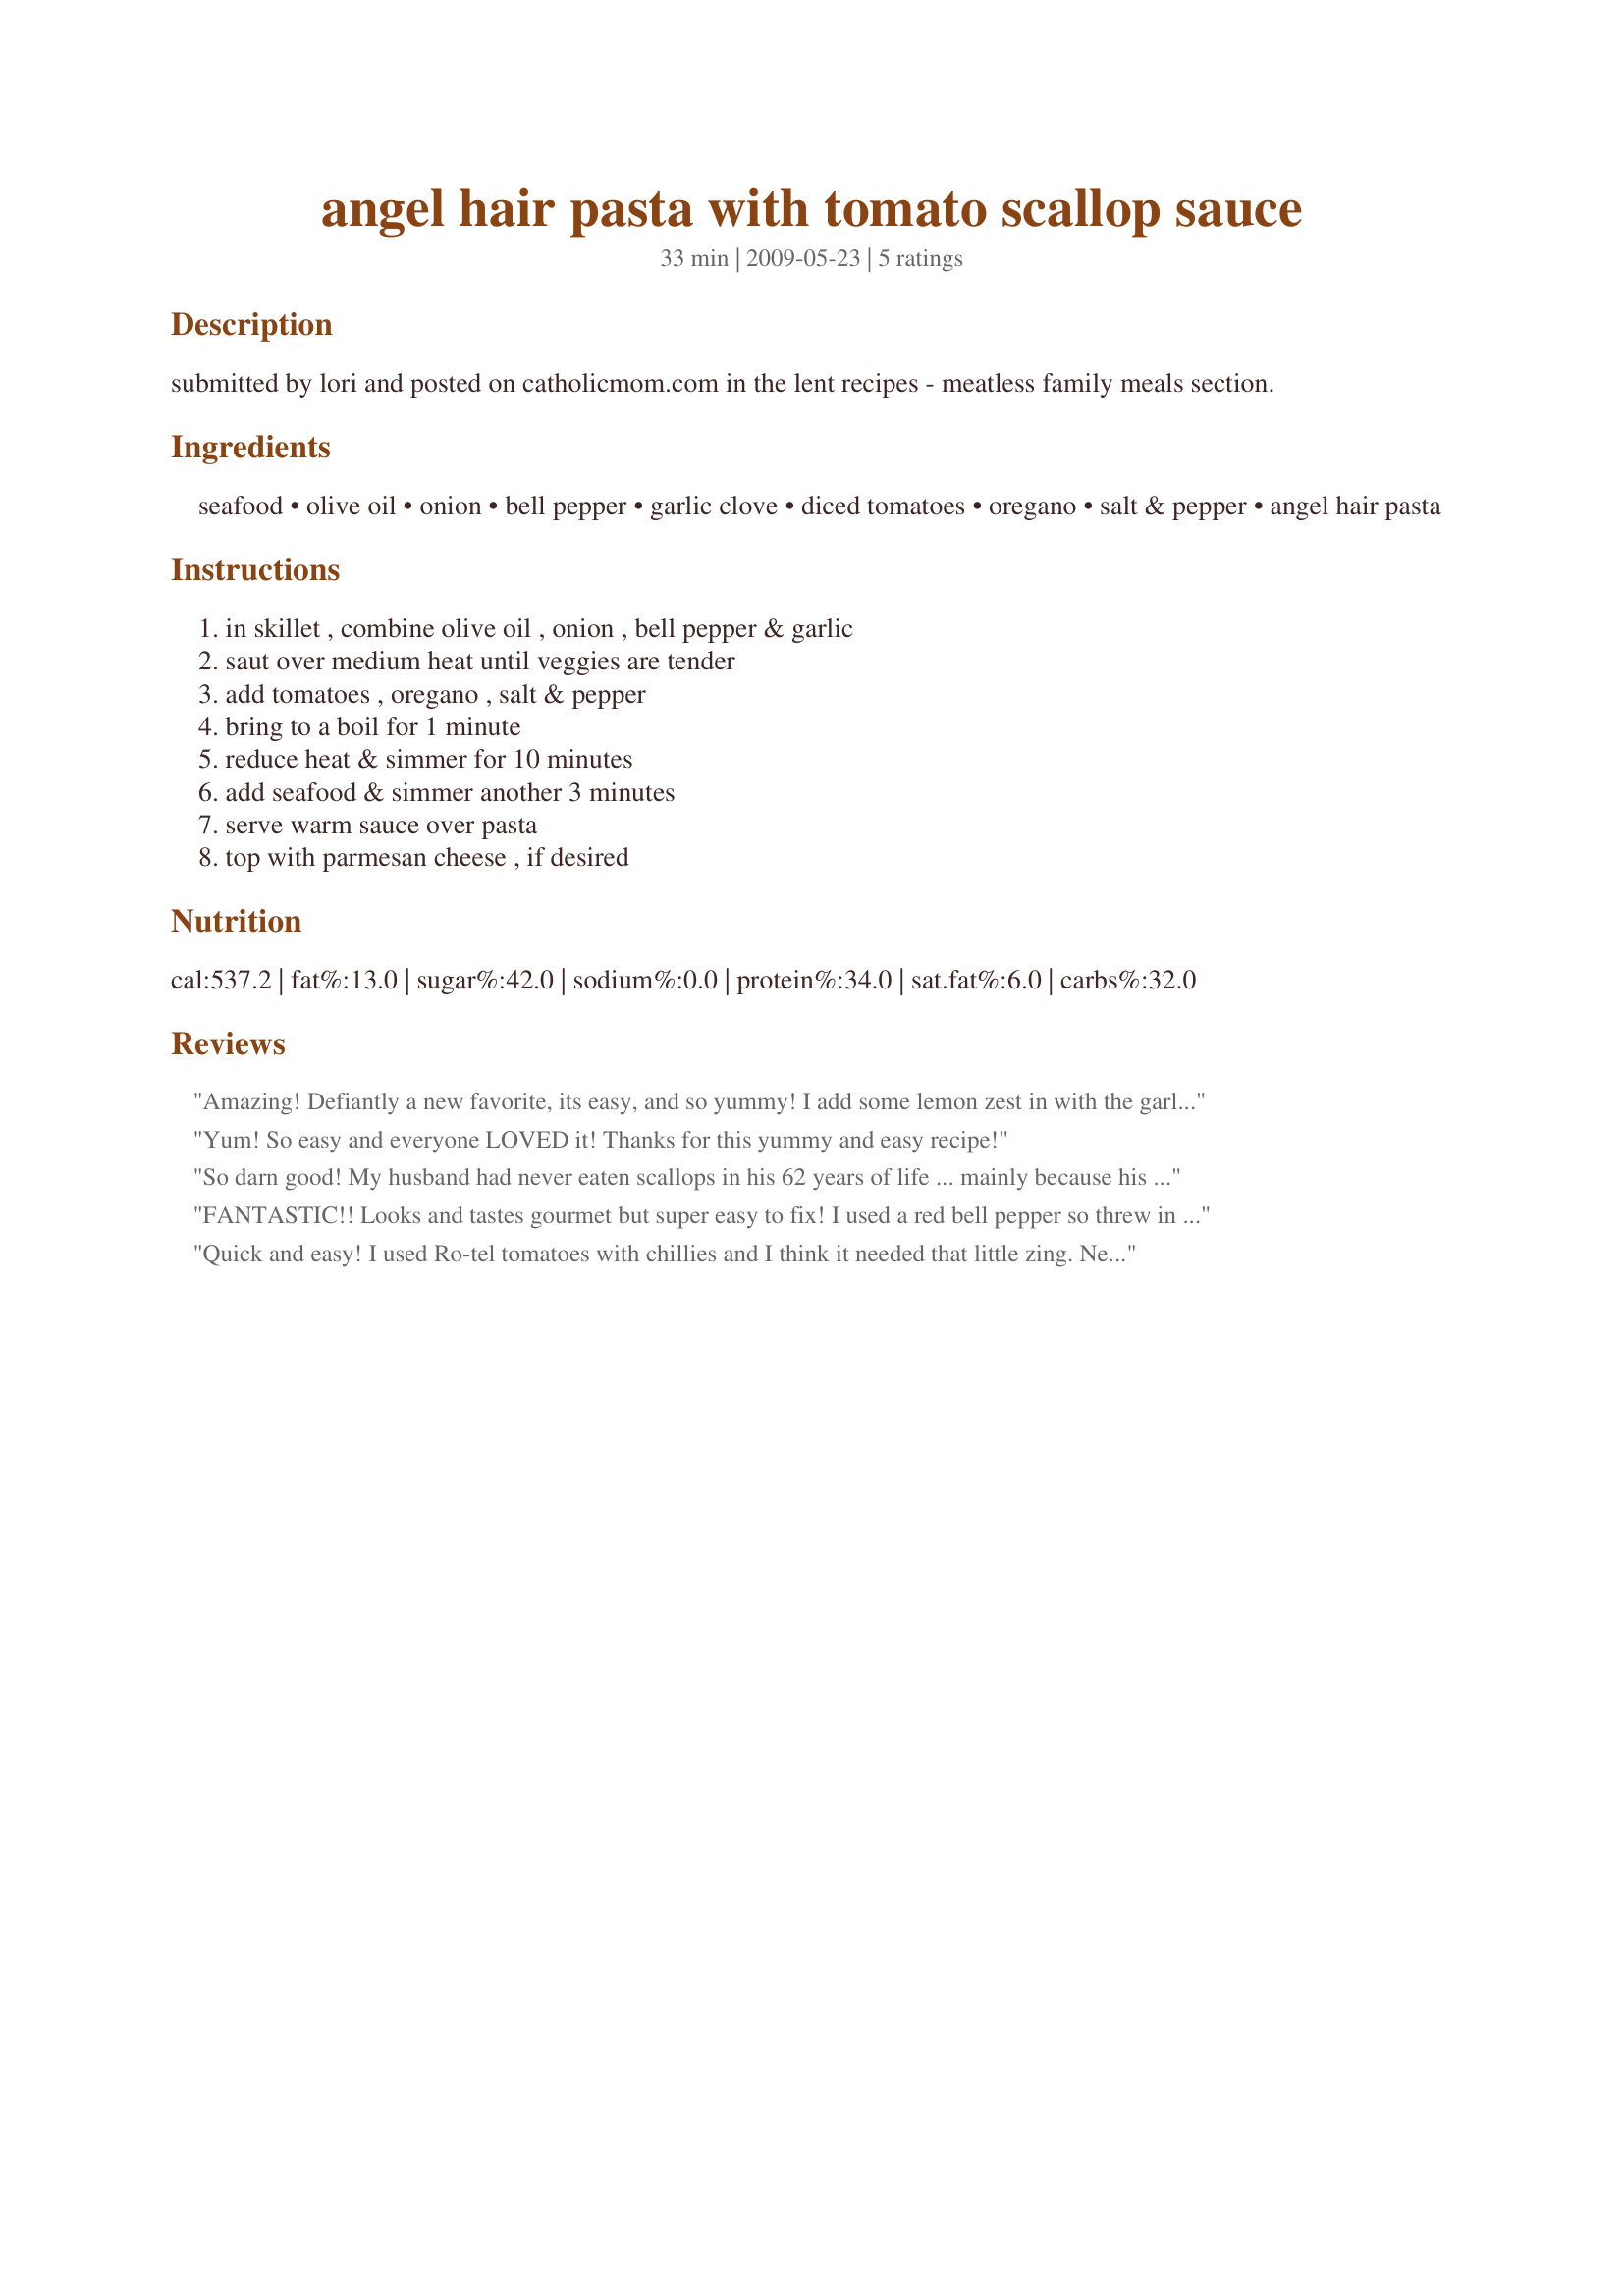
angel hair pasta with tomato scallop sauce
Preparation time: 33 minutes

submitted by lori and posted on catholicmom.com in the lent recipes - meatless family meals section.

Ingredients:
seafood, olive oil, onion, bell pepper, garlic clove, diced tomatoes, oregano, salt & pepper, angel hair pasta

Steps:
in skillet , combine olive oil , onion , bell pepper & garlic, saut over medium heat until veggies are tender, add tomatoes , oregano , salt & pepper, bring to a boil for 1 minute, reduce heat & simmer for 10 minutes, add seafood & simmer another 3 minutes, serve warm sauce over pasta, top with parmesan cheese , if desired

Reviews:
Amazing! Defiantly a new favorite, its easy, and so yummy! I add some lemon zest in with the garlic for extra flavor. =)
Yum! So easy and everyone LOVED it! Thanks for this yummy and easy recipe!
So darn good! My husband had never eaten scallops in his 62 years of life ... mainly because his mother doesn't like them, but it's probably because she didn't have them prepared this way!! I didn't have the canned tomatoes, so I used the Rotel with the chillies as well. I did have the bell pepper, fresh onion, and added basil, oregano, and Italian seasoning. I did have fresh, grated parm and offered it to my husband, but he refused it because he didn't want to cover up how good it was without it!! Thanks, Lori - was a real treat!!
FANTASTIC!! Looks and tastes gourmet but super easy to fix! I used a red bell pepper so threw in some spinach when the tomatoes were cooking to give it some green. I also doubled the garlic. The addition of real grated parmesan cheese took it &quot;over the top&quot;. We&#039;ll definitely be using this recipe again! I only had scallops. I can&#039;t wait to try it with scallops and shrimp. LOVED it!
Quick and easy! I used Ro-tel tomatoes with chillies and I think it needed that little zing. Next time I would cook the frozen seafood (I used shrimps and scallops) separately first as they added a lot of liquid and so the sauce had to simmer quite a lot longer to reduce. This is a keeper though. Thanks Lori!
